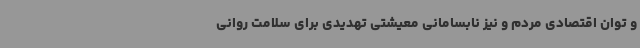
و توان اقتصادی مردم و نیز نابسامانی معیشتی تهدیدی برای سلامت روانی